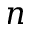
n